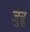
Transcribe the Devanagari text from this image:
जुन्नू